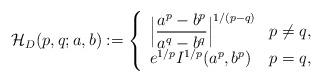
LaTeX: \begin{align*}\mathcal{H}_{D}(p,q;a,b):=\left\{ \begin{array}{ll}\Big|{\dfrac{a^{p}-b^{p}}{a^{q}-b^{q}}}\Big|^{1/(p-q)} & p\neq q{,}\\ e^{1/p}I^{1/p}(a^{p},b^{p}) & p=q,\end{array}\right. \end{align*}